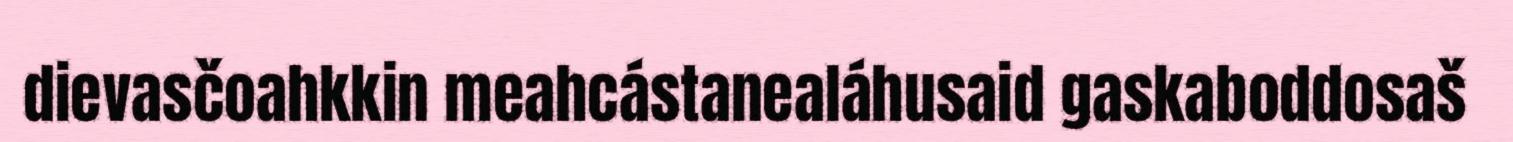
dievasčoahkkin meahcástanealáhusaid gaskaboddosaš